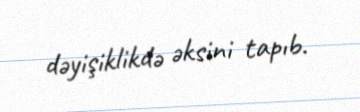
dəyişiklikdə əksini tapıb.